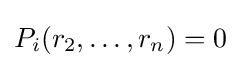
P_{i}(r_{2},\ldots ,r_{n})=0